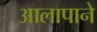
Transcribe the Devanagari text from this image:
आलापाने